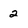
Character: 2